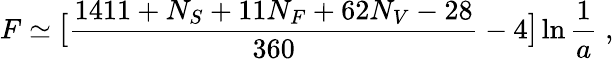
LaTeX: F\simeq\mathrm{\large[}{\frac{1411+N_{S}+11N_{F}+62N_{V}-28}{360}}-4\mathrm{\large]}\ln{{\frac{1}{a}}}\; ,